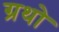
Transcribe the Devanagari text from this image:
ग्रथो